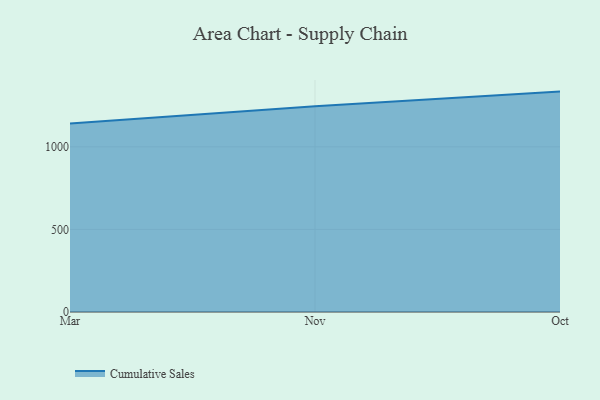
{"axis": {"x": "Month", "y": "Energy Usage (MWh)"}, "legend": ["Cumulative Sales"], "data": [{"x": "Mar", "y": 1141.6, "type": "Cumulative Sales"}, {"x": "Nov", "y": 1246.0, "type": "Cumulative Sales"}, {"x": "Oct", "y": 1334.3, "type": "Cumulative Sales"}]}